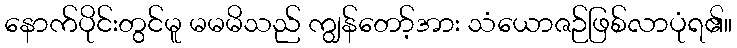
နောက်ပိုင်းတွင်မူ မမမိသည် ကျွန်တော့်အား သံယောဇဉ်ဖြစ်လာပုံရ၏။